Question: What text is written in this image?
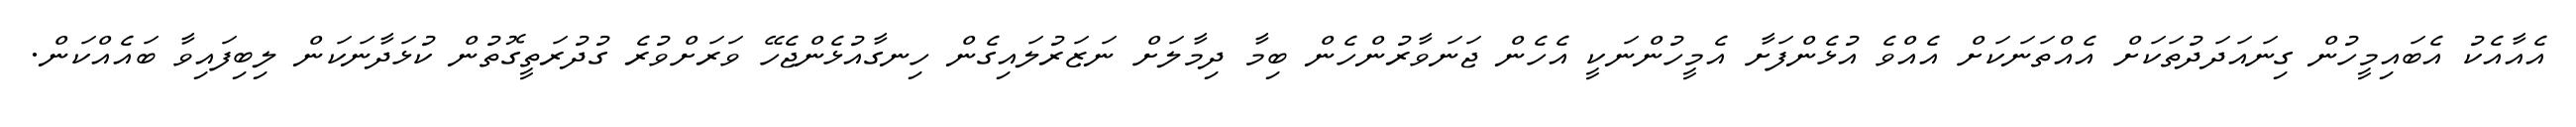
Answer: އެއާއެކު އެބައިމީހުން ގިނައަދަދުތަކަށް އެއްތަނަކަށް އެއްވެ އުޅެންފަށާ އެމީހުންނަކީ އެހެން ޖަނަވާރުންހެން ބިމާ ދިމާލަށް ނަޒަރުލައިގެން ހިނގާއުޅެންޖެހޭ ވަރަށްވުރެ ގުދުރަތީގޮތުން ކުޅަދާނަކަން ލިބިފައިވާ ބައެއްކަން.